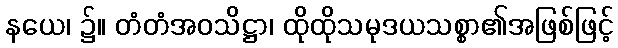
နယေ၊ ၌။ တံတံအဝသိဋ္ဌာ၊ ထိုထိုသမုဒယသစ္စာ၏အဖြစ်ဖြင့်